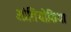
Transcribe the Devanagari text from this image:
आंतियोकिया